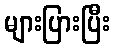
များပြားပြီး